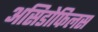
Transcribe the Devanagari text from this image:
असिडोफिलस